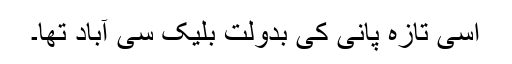
اسی تازہ پانی کی بدولت بلیک سی آباد تھا۔